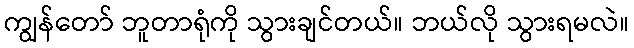
ကျွန်တော် ဘူတာရုံကို သွားချင်တယ်။ ဘယ်လို သွားရမလဲ။